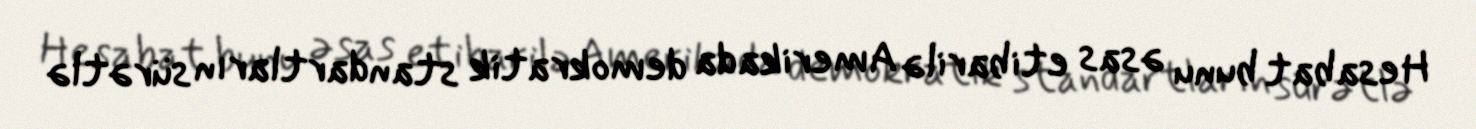
Hesabat bunu əsas etibarilə Amerikada demokratik standartların sürətlə